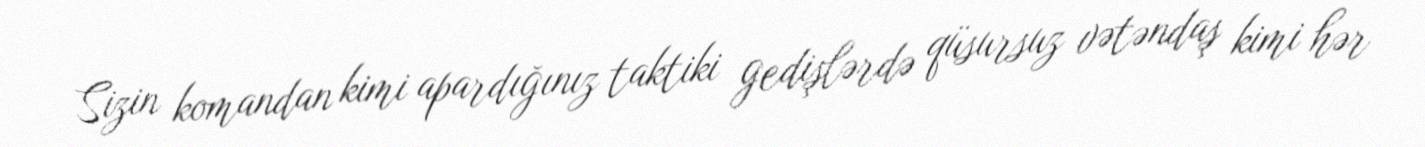
Sizin komandan kimi apardığınız taktiki gedişlərdə qüsursuz vətəndaş kimi hər